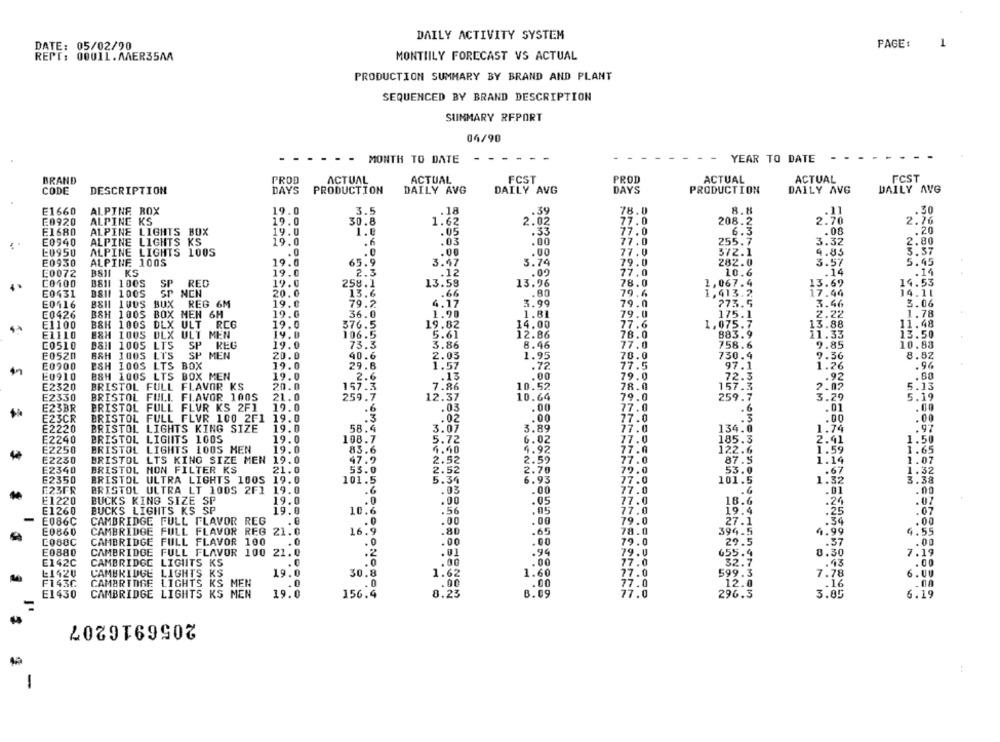
DAILY ACTIVITY SYSTEM
DATE: 05/02/90
PAGE:
1
REPT: 0001L. MER35AA
MONTIILY FORECAST VS ACTUAL
PRODUCTION SUMMARY BY BRAND AND PLANT
SEQUENCED BY BRAND DESCRIPTION
SUMMARY REPORT
04/90
- MONTH TO DATE
YEAR TO DATE
PROD
ACTUAL
ACTUAL
FCST
PROD
ACTUAL
ACTUAL
FCST
BRAND
CODE
DESCRIPTION
DAYS
PRODUCTION
DAILY AVG
DAILY AVG
DAYS
PRODUCTION
DAILY AVG
DAILY AVG
E1660
ALPINE ROX
19.0
3.5
.18
.39
78.0
8.8
.11
.30
E0920
ALPINE KS
19.0
30.8
1.62
2.02
77.0
208.2
2.70
2.76
E1680
19.0
-
.33
77.0
6.3
.08
.20
ALPINE LIGHTS BOX
.05
E0940
ALPINE LIGHTS KS
19.0
.6
.03
.00
77.0
255.7
3.32
2.80
E0950
ALPINE LIGHTS 100S
.0
.00
.00
77.0
372.1
4.85
5.57
E0950
ALPINE 100S
19.0
65.9
3.47
3.74
79.0
282.0
3.57
5.45
C0072
BSII KS
19.0
2.3
.12
.00
77.0
10.6
.14
.14
C0100
B811 1005
RED
19.0
258.1
13.96
78.0
1,067.4
13.69
14.53
SP
E0431
DSII 100S
SP NEN
20.0
13.6
.66
.80
79.6
1,413.2
17.44
14.11
E0416
BSH 100S BUX REG 6M
19.0
79.2
4.17
3.99
79.0
773.5
3.46
3.06
E0426
B&H 100S BOX MEN 6H
19.0
36.0
1.98
1.81
79.0
175.1
2.22
1.78
E1100
B&H 100S DLX ULT REG
19.0
376.5
19.82
14.00
77.6
1,075.7
13.88
11.48
B&H IOUS DLX ULT MEN
19.D
106.5
12.86
78.0
883.9
13.50
E1110
5.61
11.33
C0510
B&11 1005 LTS
SP REG
19.0
73.3
3.86
8.46
77.0
758.6
9.85
10.88
E0520
B&H 1005 LTS
SP MEN
20.0
40.6
2.03
70.0
730.9
9.36
8.52
77.5
.96
E0900
ESH 100S LTS BOX
19.0
29.8
1.57
.72
97.1
1.26
E0910
B&H 1005 LTS BOX MEN
19.0
2.6
.13
.00
79.0
72.3
.. 92
.80
E2320
BRISTOL FULL FLAVOR KS
20.0
10.52
78.0
157.3
2.07
5.13
157.3
7:86
E2330
BRISTOL FULL FLAVOR 100S
21.0
259.7
12.37
10.64
79.0
259.7
3.29
5.19
E23BR
BRISTOL FULL FLUR KS 2F1
19.0
.6
.03
77.0
.6
.01
.00
.3
E23CR
BRISTOL FULL FLVR 100 2F1 19.0
.. 00
77.0
.3
.00
.00
E2220
BRISTOL LIGHTS KING SIZE
19.0
58.4
3.07
3.89
27.0
134.0
.97
108.7
E2240
BRISTOL LIGIITS 100S
19.0
5.72
6.02
77.0
185.3
2.41
1.50
E2250
BRISTOL LIGHTS 1005 MEN
19.0
83.6
4.40
4.92
77.0
122.6
1.65
E2230
BRISTOL LTS KING SIZE MEN 19.0
47.9
77.0
87.5
1.16
1.07
BRISTOL HON FILTER KS
2.52
2.59
E2340
21.0
55.0
2.52
2.70
79.0
53.0
1.32
E2350
BRISTOL ULTRA LIGHTS 100S 19.0
5.34
6.93
77.0
101.5
3.38
E.23FR
BRISTOL ULTRA LT 100S 2F1 19.0
77.0
.01
.00
.6
.03
.00
.6
E1220
BUCKS KING SIZE SP
19.0
.00
.05
77.0
18.6
.24
.07
E1260
BUCKS LIGHTS KS SP
19.0
10.6
.05
77.0
19.4
.25
.07
E086C
79.0
.00
CAMBRIDGE FULL FLAVOR REG
:00
.00
27.1
.54
E0860
CAMBRIDGE FULL FLAVOR REG 21.0
16 : 9
:80
.65
78.0
394.5
4.99
4.55
C088C
CAMBRIDGE FULL FLAVOR 100
.0
79.0
29.5
.57
.00
.0
.00
.00
E0880
CAMBRIDGE
FULL FLAVOR 100 21.0
.94
79.0
655.4
0.30
7.19
E142C
CAMBRIDGE LIGHTS KS
: 00
77.0
32.7
.43
.00
L1420
30.8
599.3
7.78
CAMBRIDGE LIGHTS KS
19.0
1.62
1.60
77.0
6.UU
F143C
CAMBRIDGE LIGHTS KS MEN
.0
77.0
12.0
.16
.00
E1430
CAMBRIDGE LIGHTS KS MEN
19.0
156.4
8:25
77.0
296.3
3.85
8.09
6.19
2056916207
-